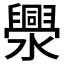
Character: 𱩫